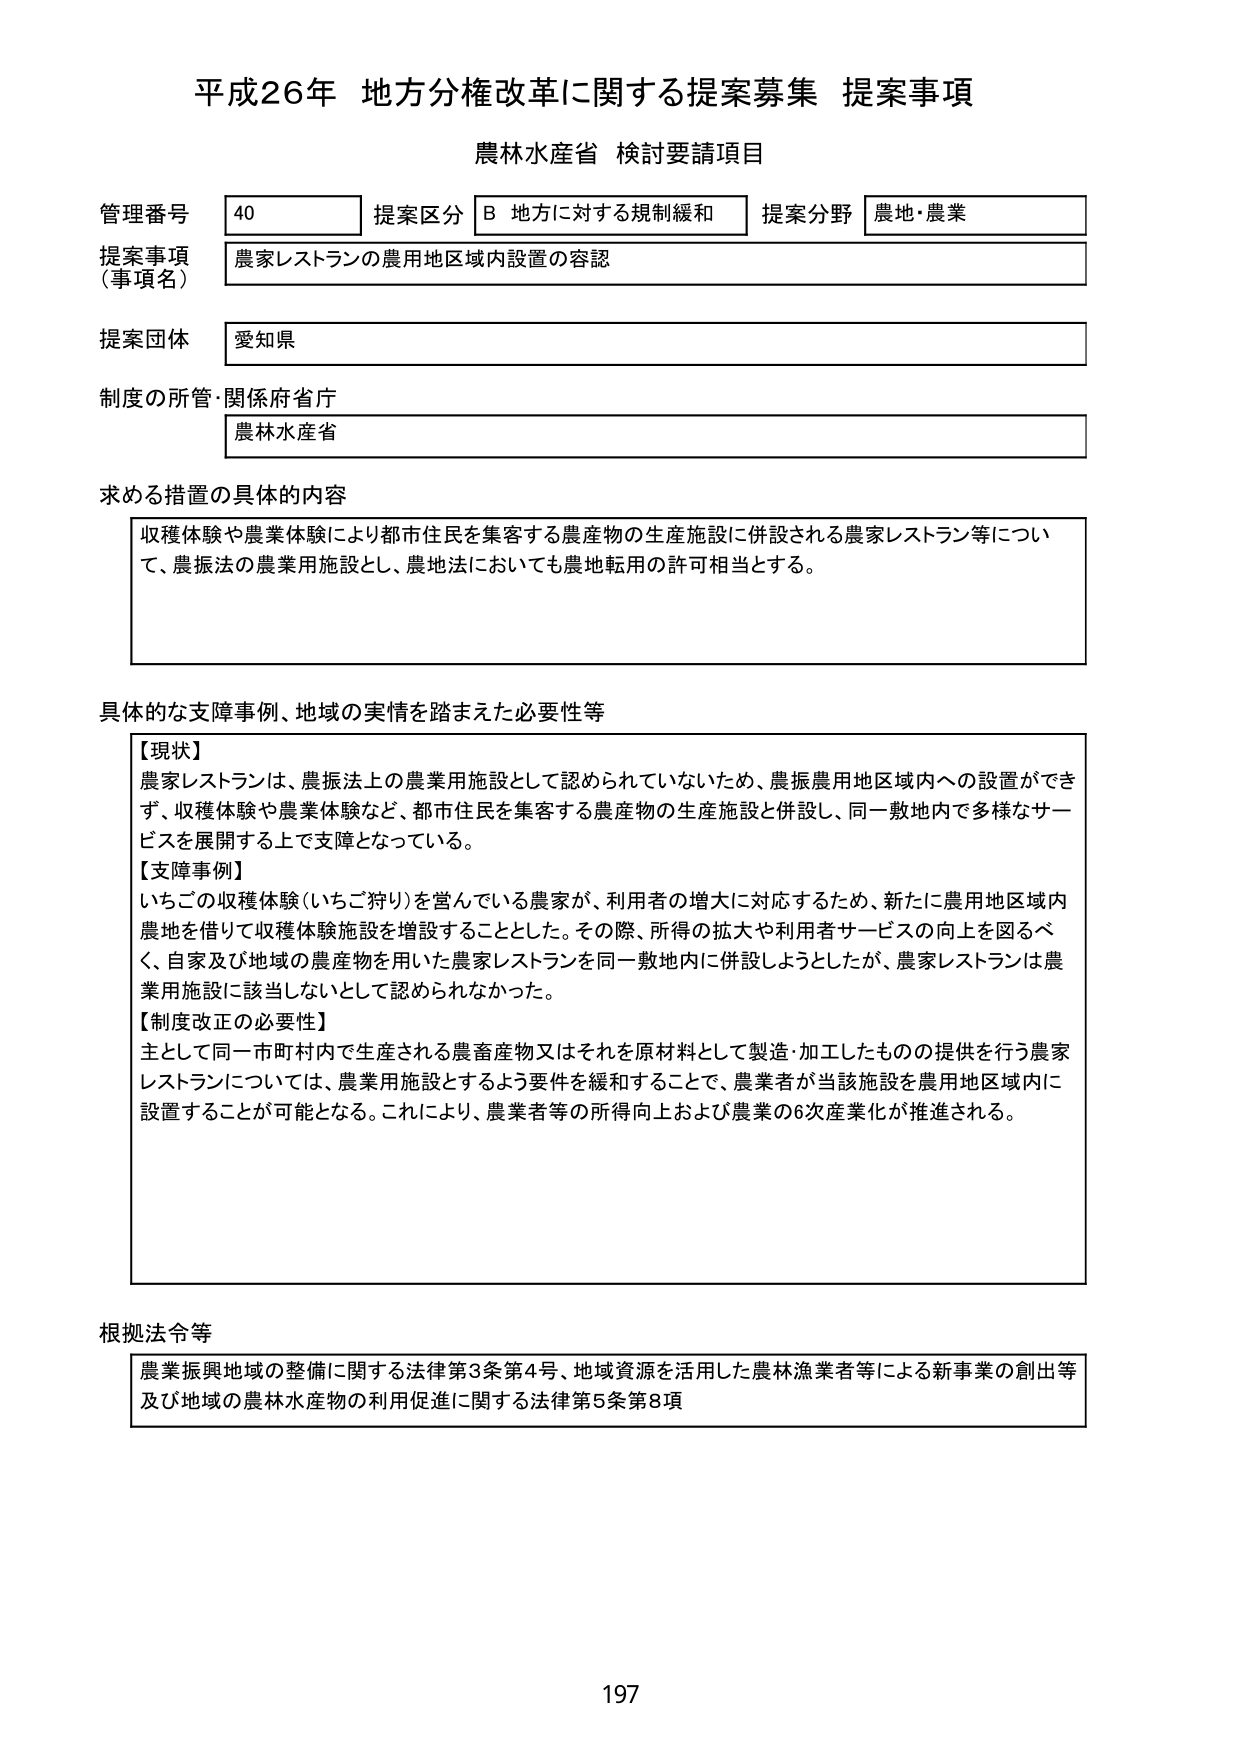
平成26年 地方分権改革に関する提案募集 提案事項
農林水産省 検討要請項目

管理番号 40 提案区分 B 地方に対する規制緩和 提案分野 農地・農業
提案事項（事項名） 農家レストランの農用地区域内設置の容認
提案団体 愛知県
制度の所管・関係府省庁 農林水産省

求める措置の具体的内容
収穫体験や農業体験により都市住民を集客する農産物の生産施設に併設される農家レストラン等について、農振法の農業用施設とし、農地法においても農地転用の許可相当とする。

具体的な支障事例、地域の実情を踏まえた必要性等
【現状】
農家レストランは、農振法上の農業用施設として認められていないため、農振農用地区域内への設置ができず、収穫体験や農業体験など、都市住民を集客する農産物の生産施設と併設し、同一敷地内で多様なサービスを展開する上で支障となっている。
【支障事例】
いちごの収穫体験（いちご狩り）を営んでいる農家が、利用者の増大に対応するため、新たに農用地区域内農地を借りて収穫体験施設を増設することとした。その際、所得の拡大や利用者サービスの向上を図るべく、自家及び地域の農産物を用いた農家レストランを同一敷地内に併設しようとしたが、農家レストランは農業用施設に該当しないとして認められなかった。
【制度改正の必要性】
主として同一市町村内で生産される農畜産物又はそれを原材料として製造・加工したもの提供を行う農家レストランについては、農業用施設とするよう要件を緩和することで、農業者が当該施設を農用地区域内に設置することが可能となる。これにより、農業者等の所得向上および農業の6次産業化が推進される。

根拠法令等
農業振興地域の整備に関する法律第3条第4号、地域資源を活用した農林漁業者等による新事業の創出等及び地域の農林水産物の利用促進に関する法律第5条第8項

197